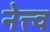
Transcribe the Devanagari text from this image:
नेत्त्व